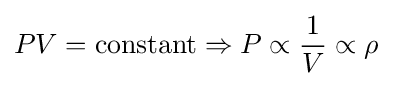
PV={\text{constant}}\Rightarrow P\propto {\frac {1}{V}}\propto \rho